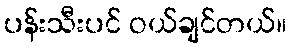
ပန်းသီးပင် ဝယ်ချင်တယ်။